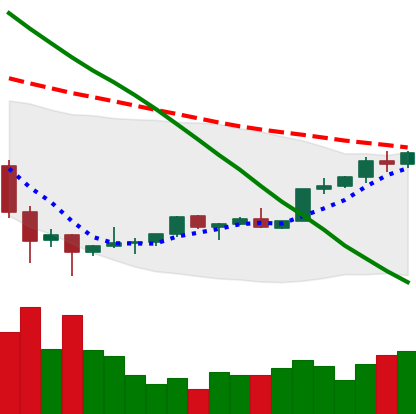
Ticker: TRX-USD
Chart end date: 2022-02-09
Forward return: -7.549%
Label: down_7plus